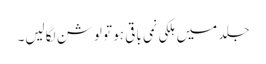
جلد میں ہلکی نمی باقی ہو تو لوشن لگالیں۔